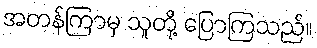
အတန်ကြာမှ သူတို့ ပြောကြသည်။